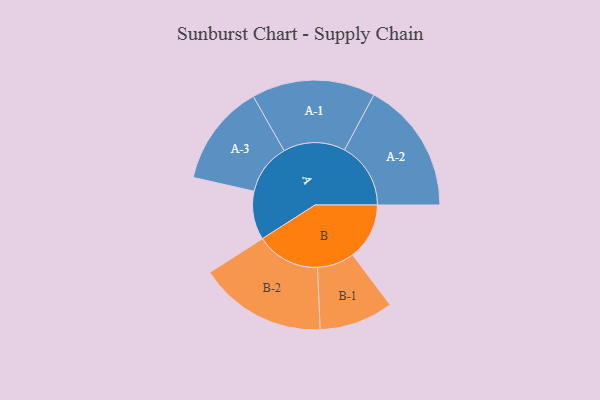
{"axis": {"x": "Segment", "y": "Value"}, "legend": ["", "A", "B"], "data": [{"x": "A", "y": 210, "type": ""}, {"x": "B", "y": 245, "type": ""}, {"x": "A-1", "y": 267, "type": "A"}, {"x": "A-2", "y": 286, "type": "A"}, {"x": "A-3", "y": 220, "type": "A"}, {"x": "B-1", "y": 160, "type": "B"}, {"x": "B-2", "y": 276, "type": "B"}]}